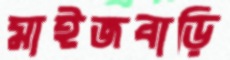
মাইজবাড়ি